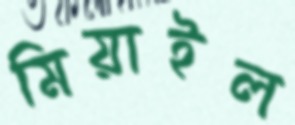
মিয়াইল